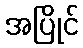
အပြိုင်